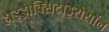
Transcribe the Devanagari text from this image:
हाइड्रोक्सिटाइरोसॉल